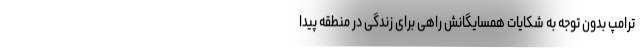
ترامپ بدون توجه به شکایات همسایگانش راهی برای زندگی در منطقه پیدا